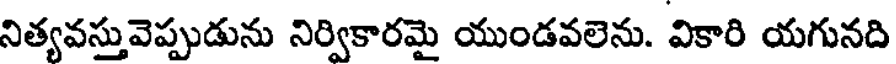
నిత్యవస్తువెప్పుడును నిర్వికారమై యుండవలెను. వికారి యగునది